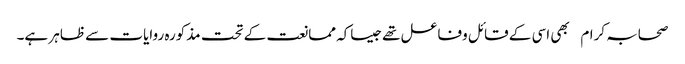
صحابہ کرام بھی اسی کے قائل وفاعل تھےجیساکہ ممانعت کے تحت مذکورہ روایات سے ظاہر ہے۔